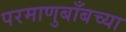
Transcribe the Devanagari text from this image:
परमाणुबाँबच्या